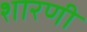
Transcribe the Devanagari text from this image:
शारणी